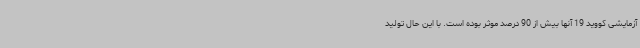
آزمایشی کووید 19 آنها بیش از 90 درصد موثر بوده است. با این حال تولید